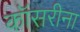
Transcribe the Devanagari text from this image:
कॉसरीना